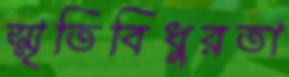
স্মৃতিবিধুরতা